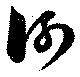
河